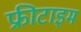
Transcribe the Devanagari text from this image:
फ्रीटाइम